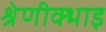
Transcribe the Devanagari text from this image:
श्रेणीक्भाइ